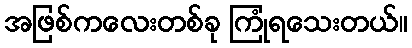
အဖြစ်ကလေးတစ်ခု ကြုံရသေးတယ်။